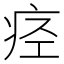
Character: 痉